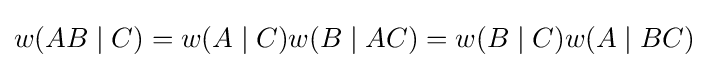
w(AB\mid C)=w(A\mid C)w(B\mid AC)=w(B\mid C)w(A\mid BC)